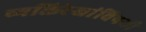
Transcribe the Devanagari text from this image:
व्यक्तिरेखांविषयी